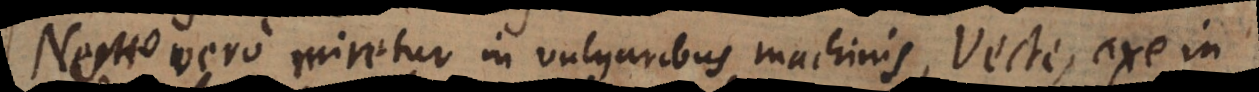
Nemo vero miretur in vulgaribus machinis, vecte, axe in